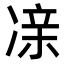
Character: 𫥔